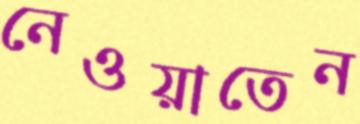
নেওয়াতেন